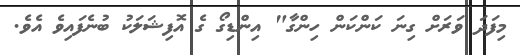
މިފަދަ ވަރަށް ގިނަ ކަންކަން ހިންގާ" އިންޑިގޯ ގެ އޮފިޝަލަކު ބުނެފައިވެ އެވެ.